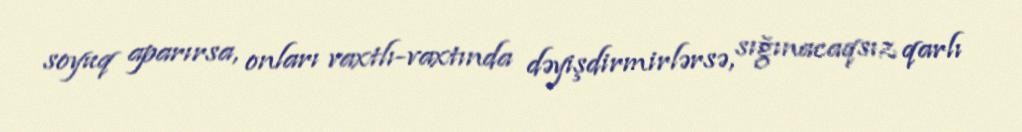
soyuq aparırsa, onları vaxtlı-vaxtında dəyişdirmirlərsə, sığınacaqsız qarlı